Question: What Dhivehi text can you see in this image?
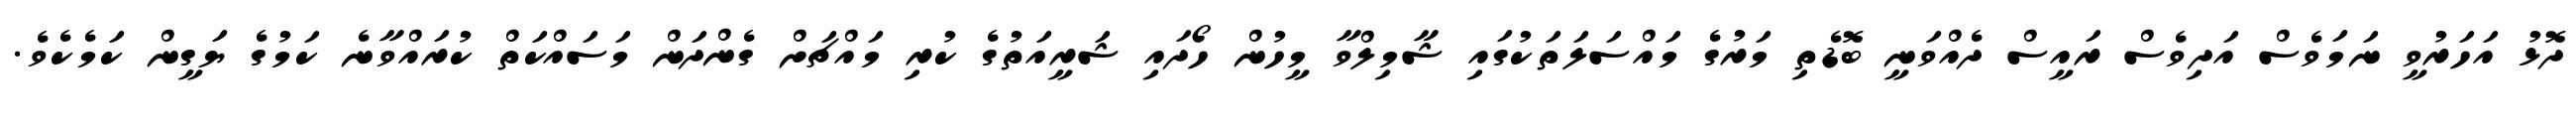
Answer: ދޮޅު އަހަރުވީ ނަމަވެސް އަދިވެސް ރައީސް ދެއްވަނީ ބޮޑެތި މަރުގެ މައްސަލަތަކުގައި ޝާމިލްވާ މީހުން ހޯދައި ޝަރީއަތުގެ ކުރި މައްޗަށް ގެންދަން މަސައްކަތް ކުރައްވާނެ ކަމުގެ ޔަގީން ކަމެކެވެ.